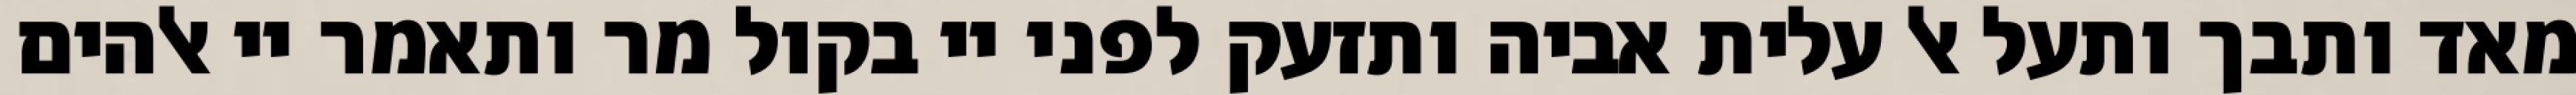
מאד ותבך ותעל אל עלית אביה ותזעק לפני יי בקול מר ותאמר יי אלהים